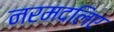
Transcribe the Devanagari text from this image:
नरमदलिए